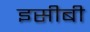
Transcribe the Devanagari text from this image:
इसीबी